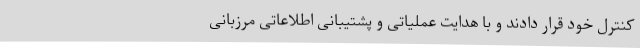
کنترل خود قرار دادند و با هدایت عملیاتی و پشتیبانی اطلاعاتی مرزبانی